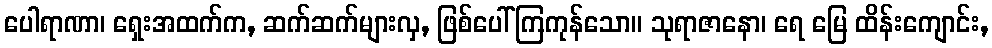
ပေါရာဏာ၊ ရှေးအထက်က, ဆက်ဆက်များလှ, ဖြစ်ပေါ်ကြကုန်သော။ သုရာဇာနော၊ ရေ မြေ ထိန်းကျောင်း,